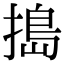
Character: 搗